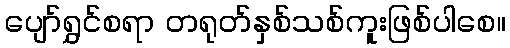
ပျော်ရွှင်စရာ တရုတ်နှစ်သစ်ကူးဖြစ်ပါစေ။